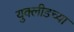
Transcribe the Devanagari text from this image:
युक्लीडच्या